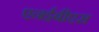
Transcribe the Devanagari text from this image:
एनईबीएस